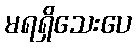
မရရှိသေးပေ